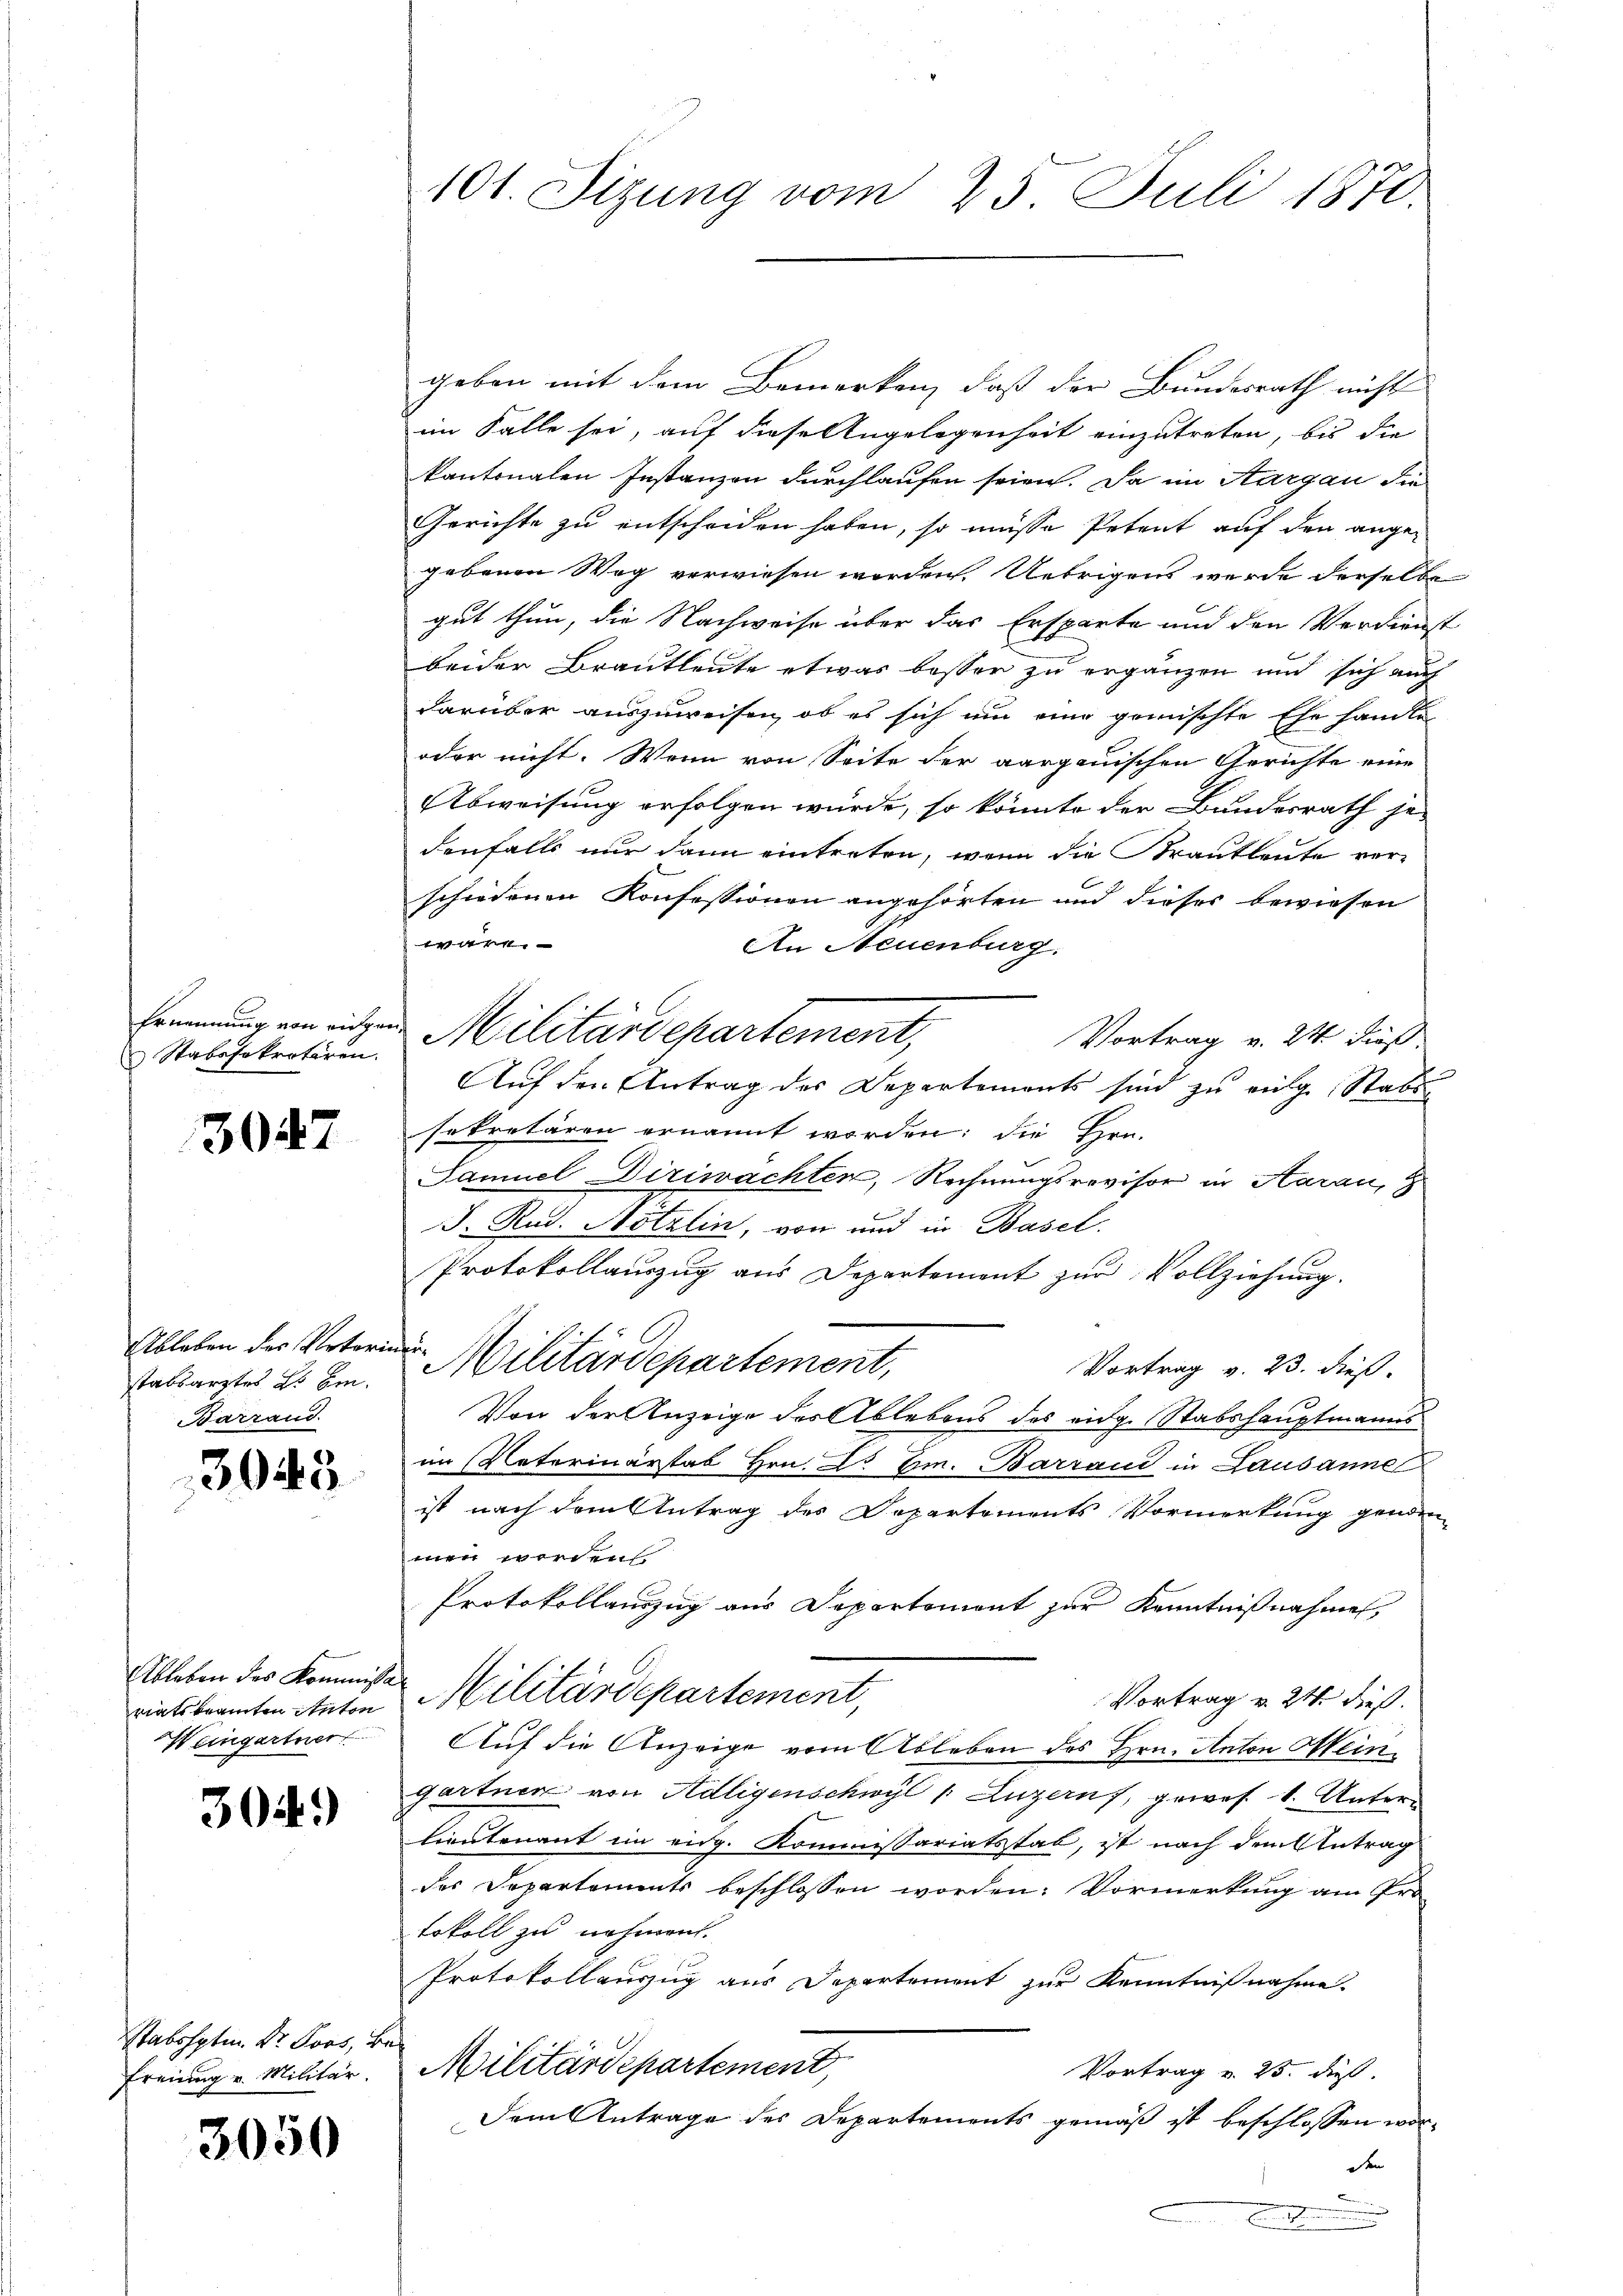
Ernennung von einze
Stabssekretiren.

3047

Ableben der Unteri
stabsarztes es bin.
Barrand.

3045

Ableben des Kommissa
riats kramten Anton
Weingartner

3049)

Stabshptm. Dr. Loos, 4
Freiung v. Militär.

3050

101. Sizung vom 25. Juli 1870.

geben mit dem Bemerken, daß der Bundesrath nicht
im Falle sei, auf diese Angelegenheit einzutreten, bis die
kantonalen Instanzen durchlaufen seien. Da im Aargau die
Gerichte zu entscheiden haben, so müsse Petent auf den ange-
gebenen Weg verwiesen worden. Uebrigens wurde derselbe
gut thun, die Nachweise über das Ersparte und den Verdienst
beider Brautleute etwas besser zu ergänzen und sich auch
darüber auszuweisen, ob es sich um eine gemischte Ehe handle
oder nicht. Wenn von Seite der aargauischen Gerichte eine
Abweisung erfolgen wurde, so könnte der Bundesrath je-
denfalls nur dann eintreten, wenn die Krautleute verschiedenen Konfessionen angehörten und dieses bewiesen
w
An Neuenburg,
Militärdepartement,
Vortrag v. 24. dieß.
Auf den Antrag des Departements sind zu eige Stabs
sekretären ernannt worden: die Hen-
Samuel Diriwachten, Rechnungsrevisor in Haran, d
J. Rud. Nötzlin, von und in Basel.
Protokollauszug aus Departement zur Vollziehung.
te
Militärdepartement,
Vortrag v. 23. dieß.
Von der Anzeige des Ablebens des eidg. Stabshauptmanns
im Vaterinärstab Hrn. Dr. Gr. Barrand in Lausanne
ist nach dem Antrag des Departements Vormerkung genden
men werden
Protokollauszug aus Departemont zur Kenntnißnahme,
 Militärdepartement,
Vortrag v. 24. dieß.
Auf die Anzeige vom Ableben des Hrn. Anton Mein
gartner von Adligenschwyl 1 Luzern, gewes 1. Unters
Lieutenant im eidg. Kommissariatsstab, ist nach dem Antrag
des Departements beschlossen worden: Vormerkung am Pro
tokoll zu nehmen.
Protokollauszug aus Departement zur Kenntnißnahme.
Militärdepartement,
Vortrag u. 25. dieß.
Dem Antrage des Departements gemäß ist beschlossen word
.